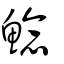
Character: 鯰